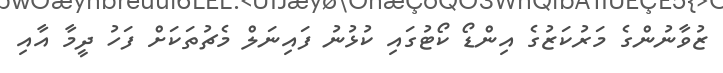
ޒުވާނުންގެ މަރުކަޒުގެ އިންޑޯ ކޯޓުގައި ކުޅުނު ފައިނަލް މެޗުތަކަށް ފަހު ދީމާ އާއި